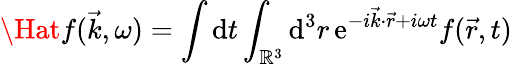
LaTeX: \Hat{f}(\vec{k},\omega)=\int\mathrm{d}t\int_{\mathbb{R}^{3}}\mathrm{d}^{3}r\, \mathrm{e}^{-i\vec{k}\cdot\vec{r}+i\omega t}f(\vec{r},t)